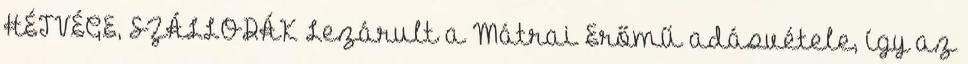
HÉTVÉGE, SZÁLLODÁK Lezárult a Mátrai Erőmű adásvétele, így az